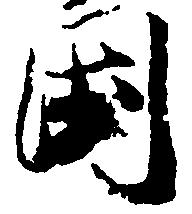
国